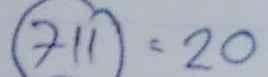
711 = 20